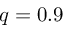
q = 0 . 9